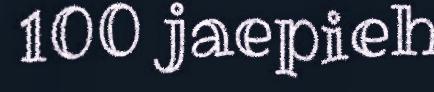
100 jaepieh